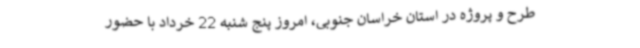
طرح و پروژه در استان خراسان جنوبی، امروز پنج شنبه 22 خرداد با حضور